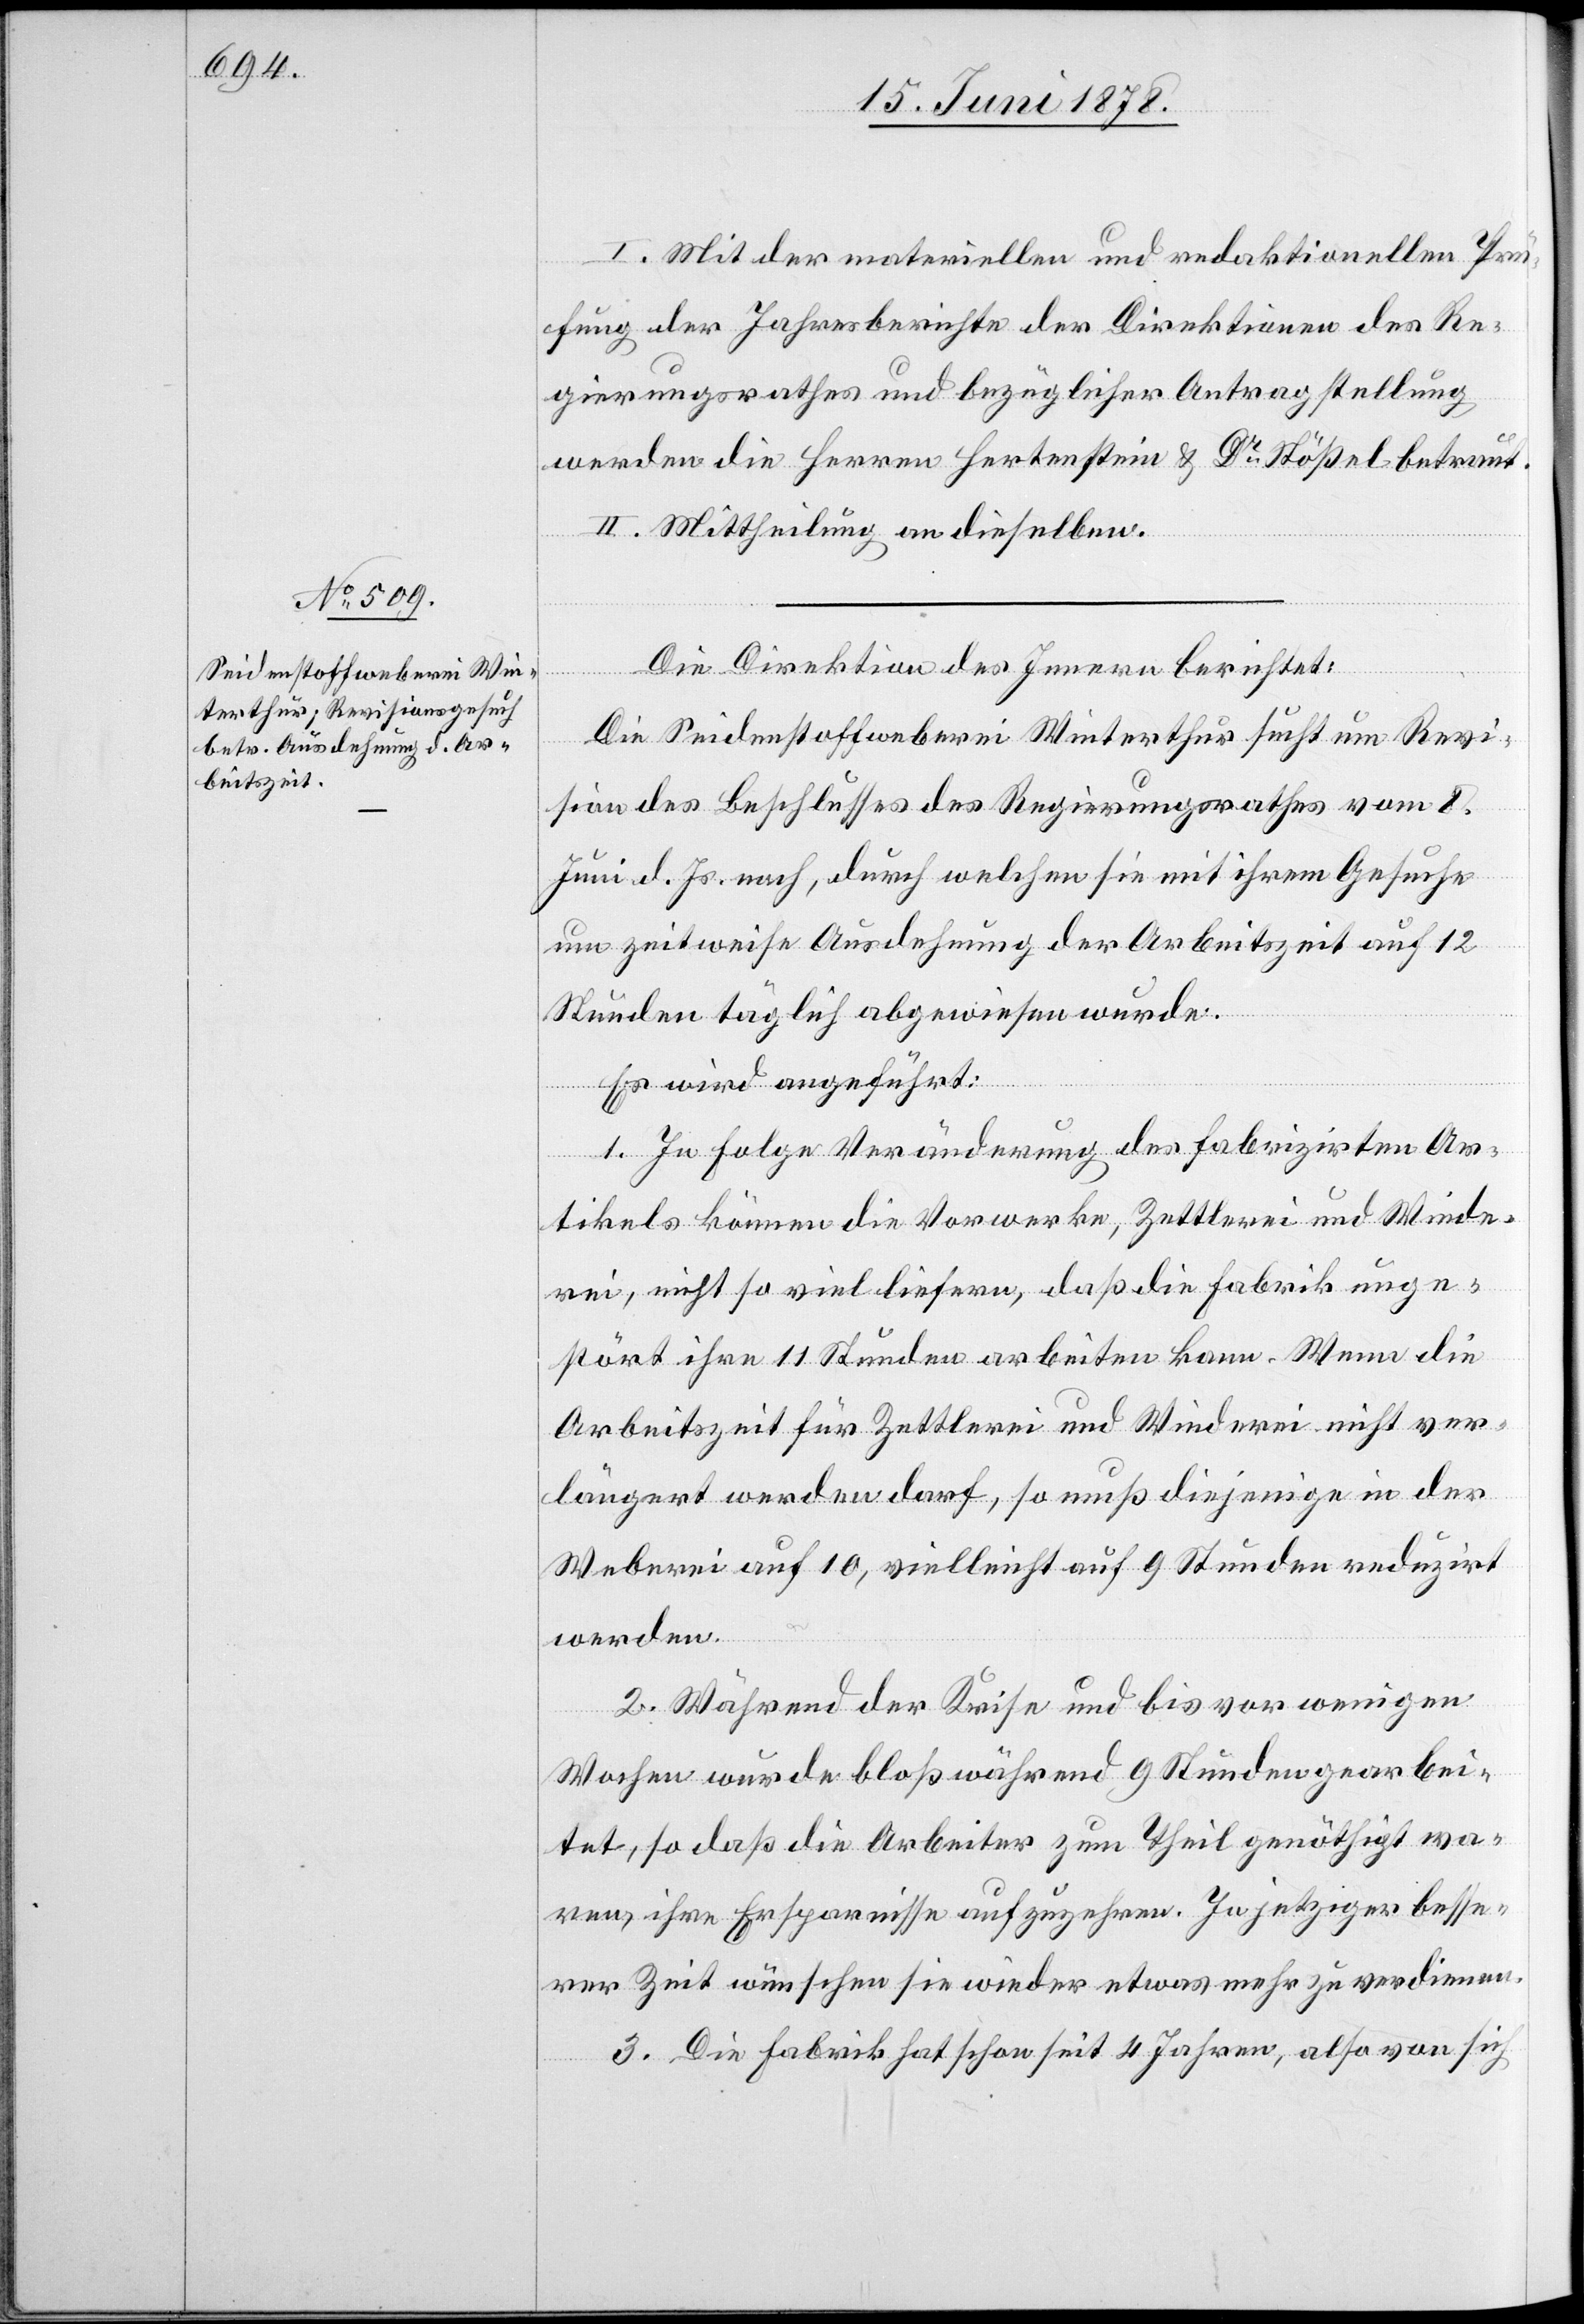
I. Mit der materiellen und redaktionellen Prü¬
fung der Jahresberichte der Direktionen des Re¬
gierungsrathes und bezüglicher Antragstellung
werden die Herren Hertenstein & Dr Stößel betraut.
II. Mittheilung an dieselben.
Die Direktion des Innern berichtet:
Die Seidenstoffweberei Winterthur sucht um Revi¬
sion des Beschlusses des Regierungsrathes vom 8.
Juni d. Js. nach, durch welchen sie mit ihrem Gesuche
um zeitweise Ausdehnung der Arbeitszeit auf 12
Stunden täglich abgewiesen wurde.
Es wird angeführt:
1. In Folge Veränderung des fabrizirten Ar¬
tikels können die Vorwerke, Zettlerei und Winde¬
rei, nicht so viel liefern, daß die Fabrik unge¬
stört ihre 11 Stunden arbeiten kann. Wenn die
Arbeitszeit für Zettlerei und Winderei nicht ver¬
längert werden darf, so muß diejenige in der
Weberei auf 10, vielleicht auf 9 Stunden reduzirt
werden.
2. Während der Krise und bis vor wenigen
Wochen wurde bloß während 9 Stunden gearbei¬
tet, so daß die Arbeiter zum Theil genöthigt wa¬
ren, ihre Ersparnisse aufzuzehren. In jetziger besse¬
rer Zeit wünschen sie wieder etwas mehr zu verdienen.
3. Die Fabrik hat schon seit 4 Jahren, also von sich